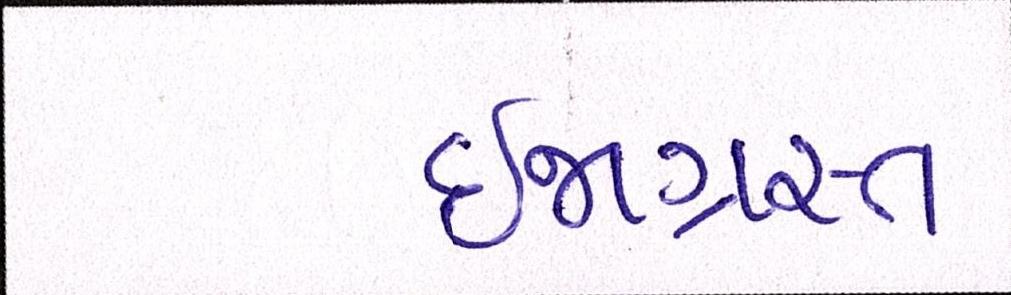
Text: ઈજાગ્રસ્ત